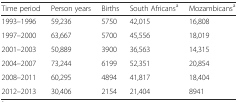
<table><thead><tr><td><b>Time period</b></td><td><b>Person years</b></td><td><b>Births</b></td><td><b>South Africans<sup>a</sup></b></td><td><b>Mozambicans<sup>a</sup></b></td></tr></thead><tbody><tr><td>1993–1996</td><td>59,236</td><td>5750</td><td>42,015</td><td>16,808</td></tr><tr><td>1997–2000</td><td>63,667</td><td>5700</td><td>45,556</td><td>18,019</td></tr><tr><td>2001–2003</td><td>50,889</td><td>3900</td><td>36,563</td><td>14,315</td></tr><tr><td>2004–2007</td><td>73,244</td><td>6199</td><td>52,351</td><td>20,854</td></tr><tr><td>2008–2011</td><td>60,295</td><td>4894</td><td>41,817</td><td>18,404</td></tr><tr><td>2012–2013</td><td>30,406</td><td>2154</td><td>21,404</td><td>8941</td></tr></tbody></table>